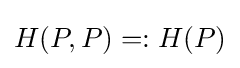
H(P,P)=:H(P)